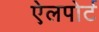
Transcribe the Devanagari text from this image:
ऐलपोर्ट